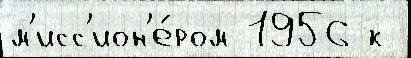
м'исс'ион'е́ром 1956 к